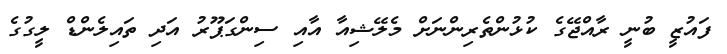
ފައުޒީ ބުނީ ރާއްޖޭގެ ކުޅުންތެރިންނަށް މެލޭޝިއާ އާއި ސިންގަޕޫރު އަދި ތައިލެންޑް ލީގުގެ